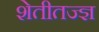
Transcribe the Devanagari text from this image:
शेतीतज्‍ज्ञ